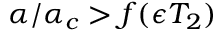
\alpha / \alpha _ { c } > f ( \epsilon T _ { 2 } )